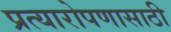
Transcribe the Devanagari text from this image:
प्रत्यारोपणासाठी